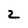
Character: 2